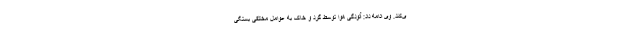
ی‌کند. وی ادامه داد: آلودگی هوا توسط گرد و خاک به عوامل مختلفی بستگی